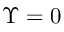
\Upsilon = 0